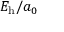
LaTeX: E _ { \mathrm { h } } / a _ { 0 }